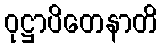
ဝုဋ္ဌာပိတေနာတိ